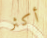
أكثر